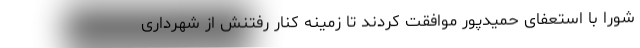
شورا با استعفای حمیدپور موافقت کردند تا زمینه کنار رفتنش از شهرداری